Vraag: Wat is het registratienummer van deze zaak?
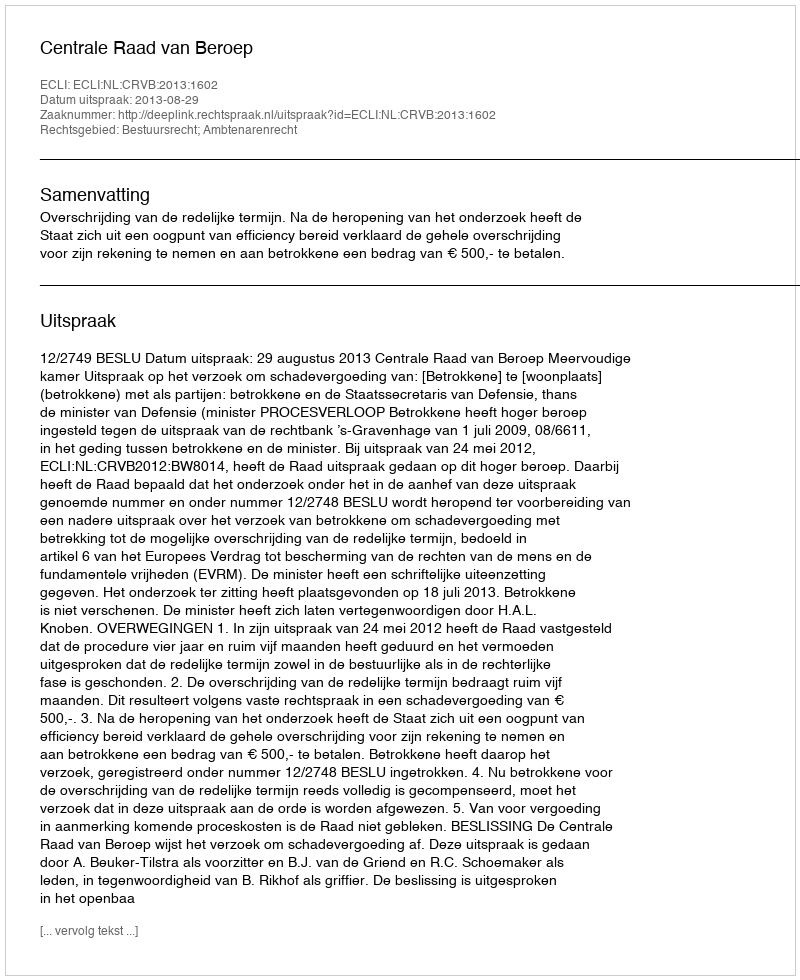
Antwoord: http://deeplink.rechtspraak.nl/uitspraak?id=ECLI:NL:CRVB:2013:1602